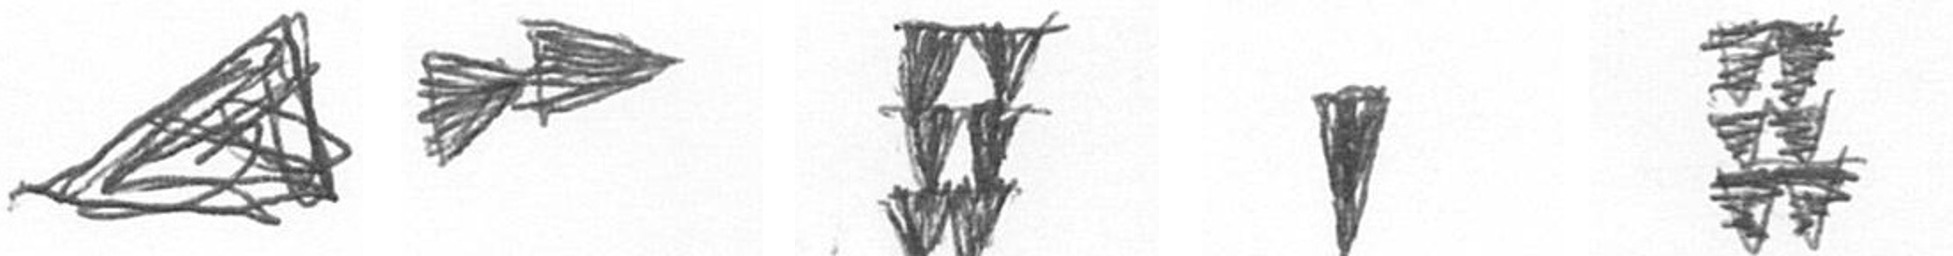
O A Y J Y